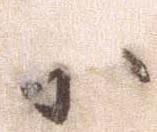
小